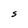
Character: S